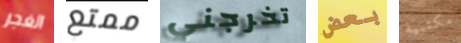
الغجر ممتع تخرجني بعض مكتبية